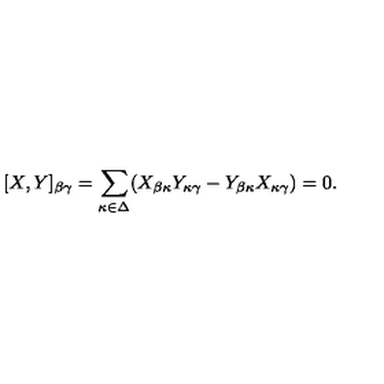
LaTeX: [ X , Y ] _ { \beta \gamma } = \sum _ { \kappa \in \Delta } ( X _ { \beta \kappa } Y _ { \kappa \gamma } - Y _ { \beta \kappa } X _ { \kappa \gamma } ) = 0 .